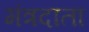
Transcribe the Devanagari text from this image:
मंत्रदाता